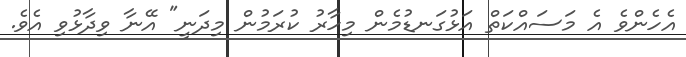
އެހެންވެ އެ މަސައްކަތް އަޅުގަނޑުމެން މިހާރު ކުރަމުން މިދަނީ" އޭނާ ވިދާޅުވި އެވެ.